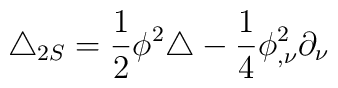
\triangle_{2S}=\frac{1}{2}\phi^{2}\triangle-\frac{1}{4}\phi^{2}_{,\nu}\partial_{\nu}